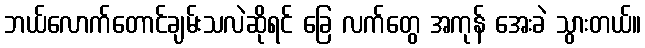
ဘယ်လောက်တောင်ချမ်းသလဲဆိုရင် ခြေ လက်တွေ အကုန် အေးခဲ သွားတယ်။